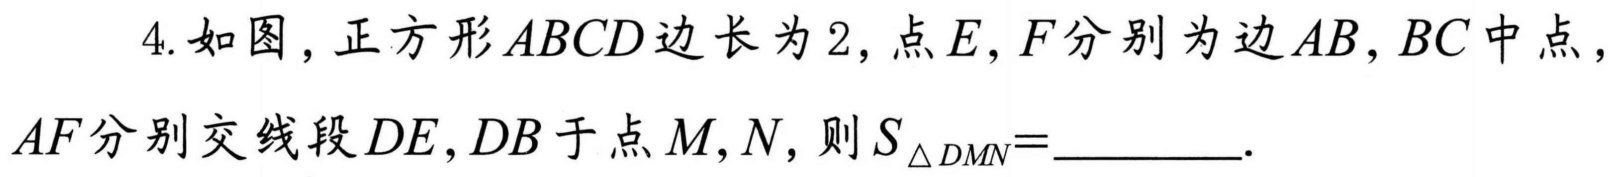
4. 如图，正方形\(ABCD\)边长为\(2\)，点\(E,F\)分别为边\(AB,BC\)中点，\(AF\)分别交线段\(DE,DB\)于点\(M,N\)，则\(S_{\triangle DMN}=\)_________.